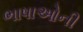
ભાષાઓની